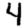
Digit: 4